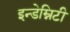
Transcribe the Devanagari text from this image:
इन्डेम्निटी